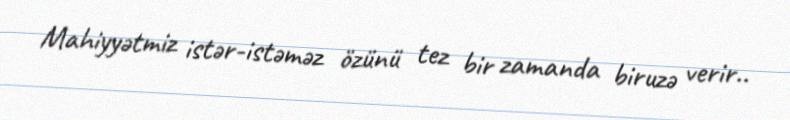
Mahiyyətmiz istər-istəməz özünü tez bir zamanda biruzə verir..